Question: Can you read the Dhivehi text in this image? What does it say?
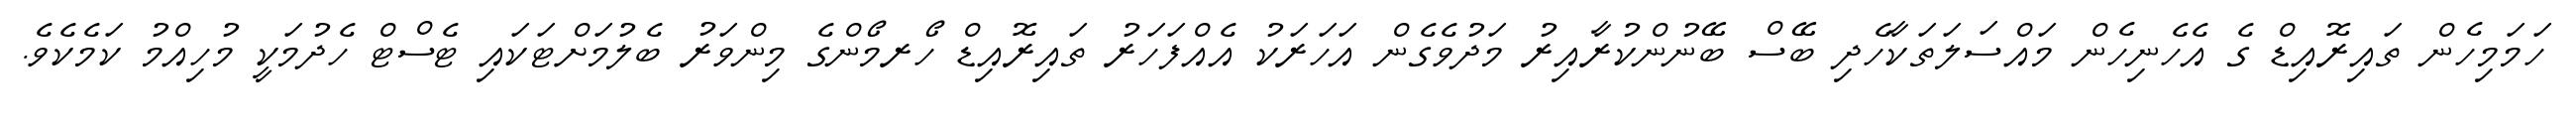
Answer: ހަމަމިހެން ތައިރޮއިޑް ގެ އެހެނިހެން މައްސަލަތަކާހެދި ބޭސް ބޭނުންކުރާއިރު މަދުވެގެން އަހަރަކު އެއްފަހަރު ތައިރޮއިޑް ހޯރމޯންގެ މިންވަރު ބެލުމަށްޓަކައި ޓެސްޓް ހެދުމަކީ މުހިއްމު ކަމެކެވެ.